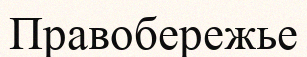
Правобережье